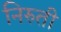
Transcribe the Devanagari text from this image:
निरुती